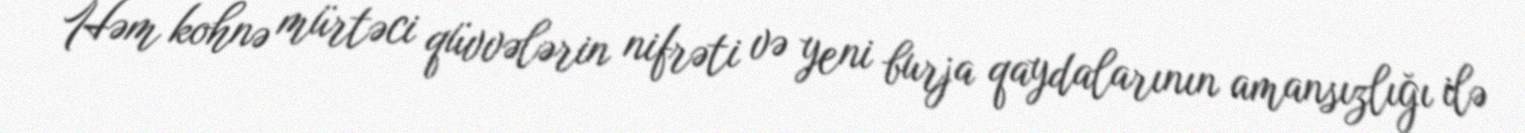
Həm kohnə mürtəci qüvvələrin nifrəti və yeni burja qaydalarının amansızlığı ilə